画像に写った文字を読んでください
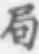
「局」と書いてあります